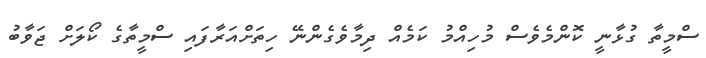
ސްމީތާ ގުޅާނީ ކޮންމެވެސް މުހިއްމު ކަމެއް ދިމާވެގެންނޭ ހިތަށްއަރާފައި ސްމީތާގެ ކޯލަށް ޖަވާބު